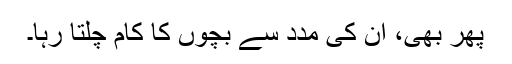
پھر بھی، ان کی مدد سے بچوں کا کام چلتا رہا۔